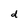
Character: d